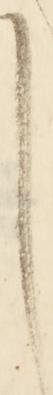
し